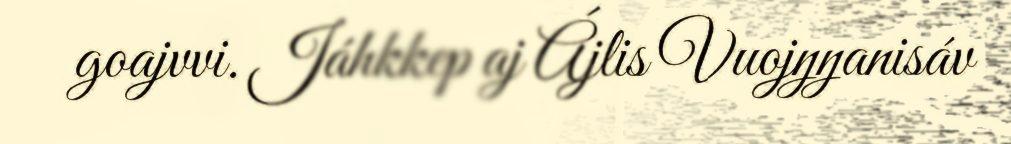
goajvvi. Jáhkkep aj Ájlis Vuojŋŋanisáv